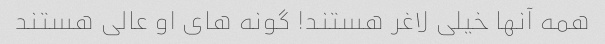
همه آنها خیلی لاغر هستند! گونه های او عالی هستند